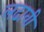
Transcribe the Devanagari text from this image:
लढावी